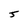
Character: 5